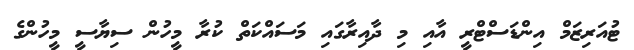
ޓުއަރިޒަމް އިންޑަސްޓްރީ އާއި މި ދާއިރާގައި މަސައްކަތް ކުރާ މީހުން ސިޔާސީ މީހުންގެ